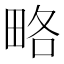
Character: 略